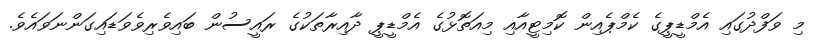
މި ވަފްދުގައި އެމްޑީޕީގެ ކެމްޕެއިން ކޮމިޓީއާއި މިއަތޮޅުގެ އެމްޑީޕީ ދާއިރާތަކުގެ ރައީސުން ބައިވެރިވެވަޑައިގަންނަވައެވެ.